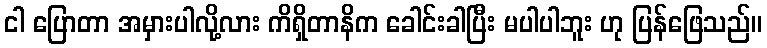
ငါ ပြောတာ အမှားပါလို့လား ကိရှိတာနိက ခေါင်းခါပြီး မပါပါဘူး ဟု ပြန်ဖြေသည်။